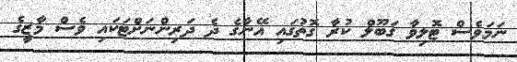
ނަމަވެސް ޓޮލިވާ ގަބޫލް ކުރާ ގޮތުގައި އޭނާގެ ދެ ދަރިންނަށްޓަކައި ވެސް މާޒީގެ